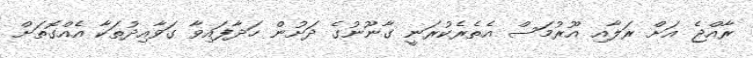
ރާއްޖެ އަށް ރަލާއި އޫރުމަސް އެތެރެކުރަނީ ގާނޫނުގެ ދަށުން ހަދާފައިވާ ގަވާއިދުތަކާ އެއްގޮތަށް